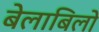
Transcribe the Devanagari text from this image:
बेलाबिलो